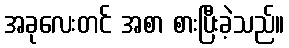
အခုလေးတင် အစာ စားပြီးခဲ့သည်။